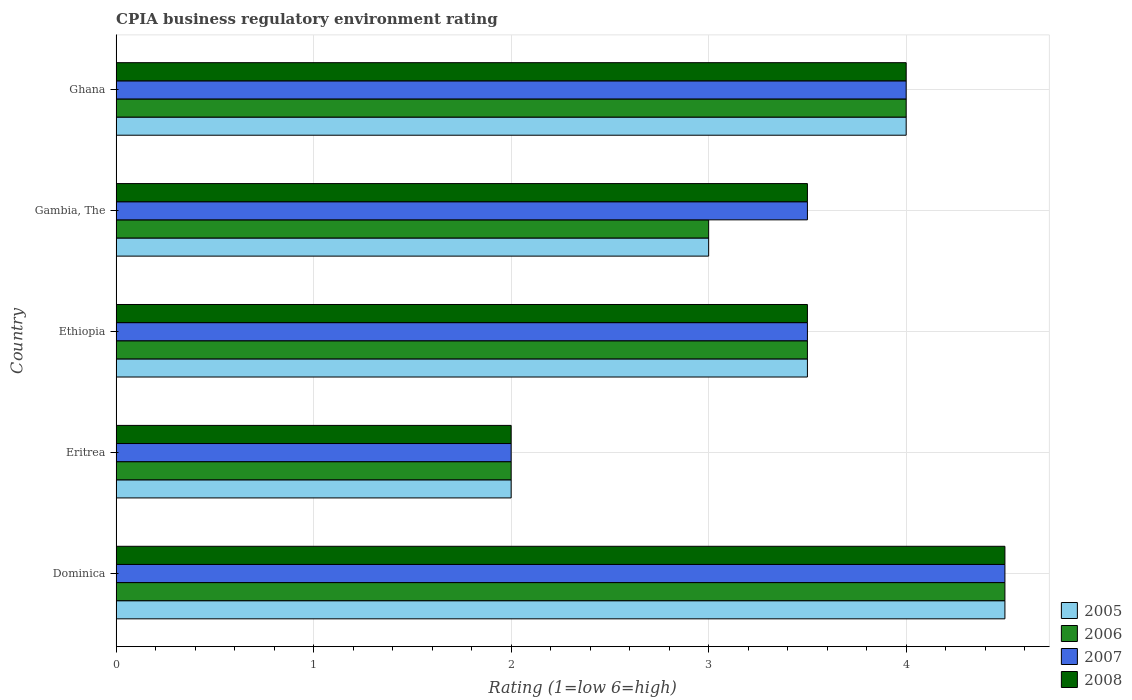
| Country | 2005 | 2006 | 2007 | 2008 |
 | --- | --- | --- | --- | --- |
 | Dominica | 4.5 | 4.5 | 4.5 | 4.5 |
 | Eritrea | 2 | 2 | 2 | 2 |
 | Ethiopia | 3.5 | 3.5 | 3.5 | 3.5 |
 | Gambia, The | 3 | 3 | 3.5 | 3.5 |
 | Ghana | 4 | 4 | 4 | 4 |